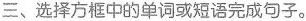
三、选择方框中的单词或短语完成句子。